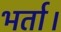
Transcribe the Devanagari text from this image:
भर्ता।